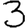
Digit: 3